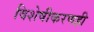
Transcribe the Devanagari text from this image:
विशेषीकरणही